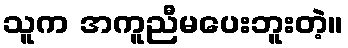
သူက အကူညီမပေးဘူးတဲ့။